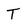
Character: T